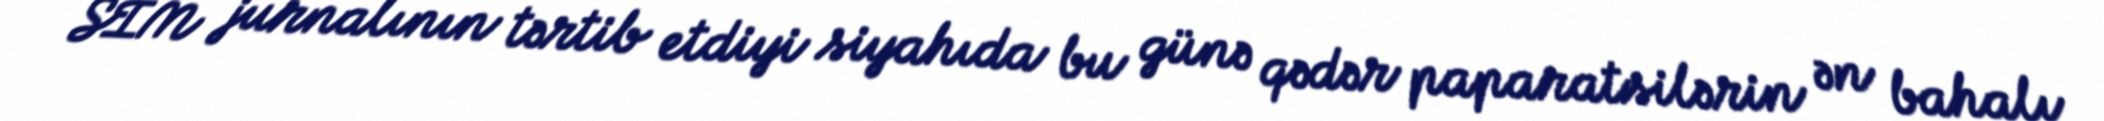
SİM jurnalının tərtib etdiyi siyahıda bu günə qədər paparatsilərin ən bahalı